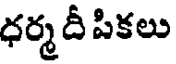
ధర్మ దీ పికలు